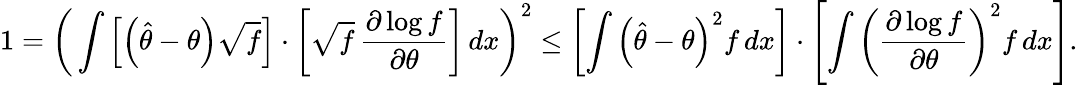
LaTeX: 1={\biggl(}\int\left[\left({\hat{\theta}}-\theta\right){\sqrt{f}}\right]\cdot\left[{\sqrt{f}}\, {\frac{\partial\log f}{\partial\theta}}\right]\, dx{\biggr)}^{2}\leq\left[\int\left({\hat{\theta}}-\theta\right)^{2}f\, dx\right]\cdot\left[\int\left({\frac{\partial\log f}{\partial\theta}}\right)^{2}f\, dx\right].